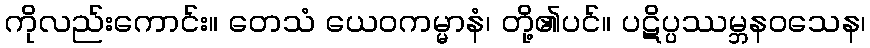
ကိုလည်းကောင်း။ တေသံ ယေဝကမ္မာနံ၊ တို့၏ပင်။ ပဋိပ္ပဿမ္ဘနဝသေန၊